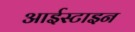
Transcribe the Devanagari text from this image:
आईस्टाइन